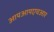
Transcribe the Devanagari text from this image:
आयआयएचआर